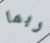
ربما